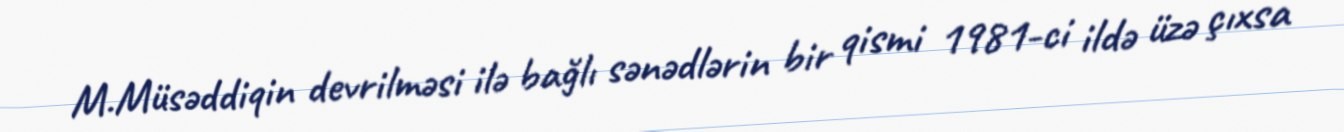
M.Müsəddiqin devrilməsi ilə bağlı sənədlərin bir qismi 1981-ci ildə üzə çıxsa